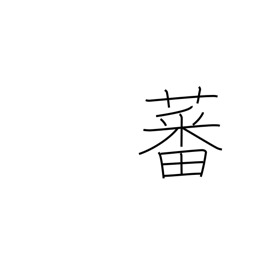
Meaning: grow luxuriously